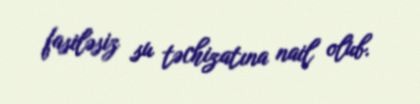
fasiləsiz su təchizatına nail olub.